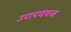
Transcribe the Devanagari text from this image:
उपापचयज